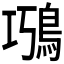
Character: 𩿸